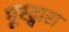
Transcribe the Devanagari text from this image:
मूरद्वारा